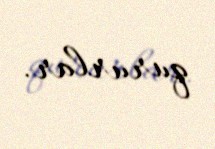
qururlar.